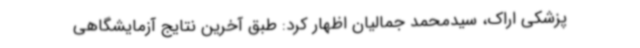
پزشکی اراک، سیدمحمد جمالیان اظهار کرد: طبق آخرین نتایج آزمایشگاهی